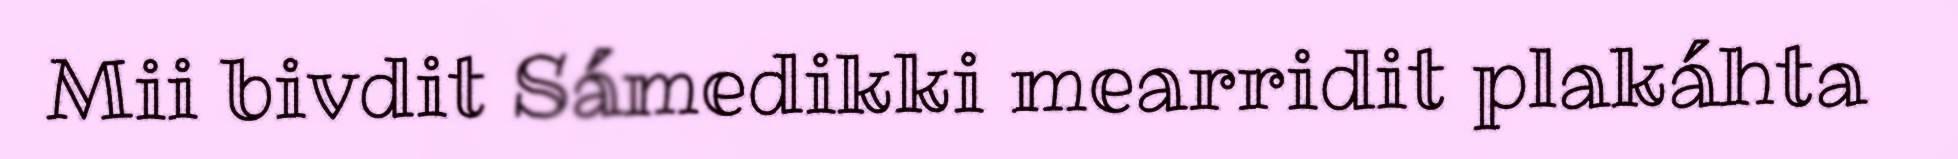
Mii bivdit Sámedikki mearridit plakáhta